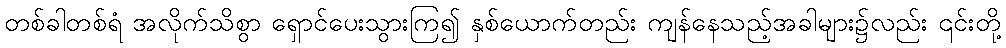
တစ်ခါတစ်ရံ အလိုက်သိစွာ ရှောင်ပေးသွားကြ၍ နှစ်ယောက်တည်း ကျန်နေသည့်အခါများ၌လည်း ၎င်းတို့